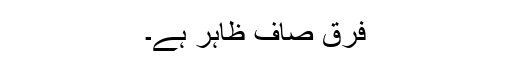
فرق صاف ظاہر ہے۔